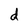
Character: d